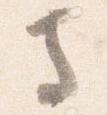
寺